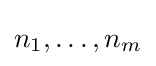
{n}_{1},\dots ,{n}_{m}